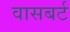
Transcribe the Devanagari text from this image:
वासबर्ट